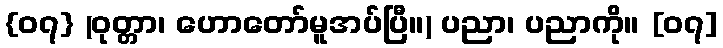
{၀၇} (ဝုတ္တာ၊ ဟောတော်မူအပ်ပြီ။) ပညာ၊ ပညာကို။ [၀၇]